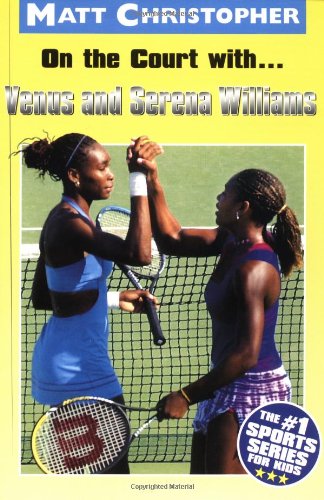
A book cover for On the Court with... Venus and Serena Williams; Matt Christopher; Children's Books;